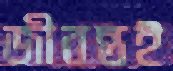
জীবন্তই